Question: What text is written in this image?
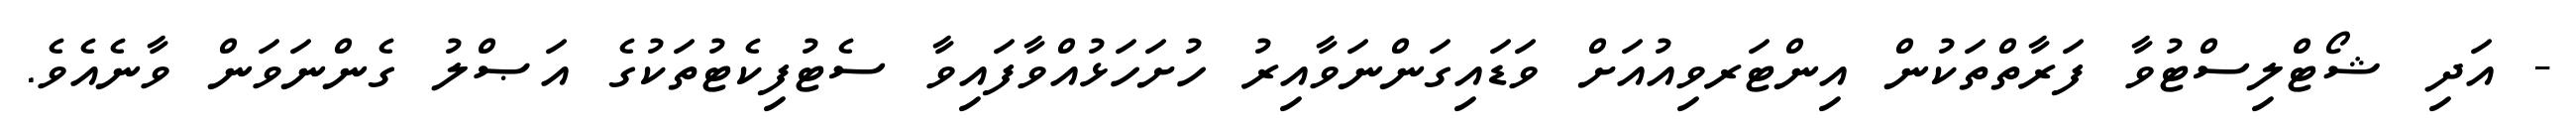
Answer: - އަދި ޝޯޓްލިސްޓުވާ ފަރާތްތަކުން އިންޓަރވިއުއަށް ވަޑައިގަންނަވާއިރު ހުށަހަޅުއްވާފައިވާ ސެޓުފިކެޓުތަކުގެ އަޞްލު ގެންނަވަން ވާނެއެވެ.